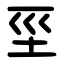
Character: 坙